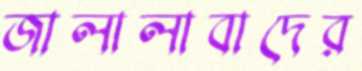
জালালাবাদের